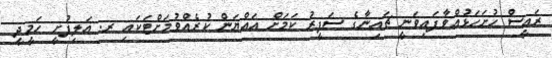
ރައީސް ހުށަހަޅުއްވާފައިވަނީ ޗައިނާގެ ސަފީރު ކަމަށް އައްޔަން ކުރެއްވުމަށްޓަކައި ރ. އަލިފުށީ ހަމީދީ